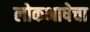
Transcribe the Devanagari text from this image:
लोकभाषेचा